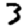
Digit: 3